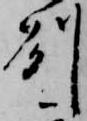
州